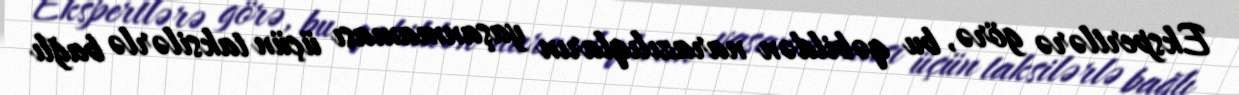
Ekspertlərə görə, bu qəbildən narazılıqların yaşanmaması üçün taksilərlə bağlı